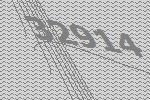
32914